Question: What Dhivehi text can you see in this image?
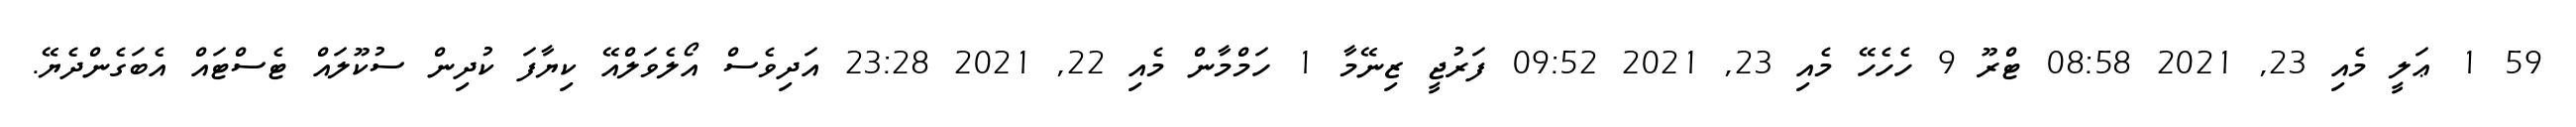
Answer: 59 1 ޢަލީ މެއި 23, 2021 08:58 ޓްރޫ 9 ހެހެހޭ މެއި 23, 2021 09:52 ފަރުޖީ ޒިނޭމާ 1 ހަމްމާން މެއި 22, 2021 23:28 އަދިވެސް އޯލެވަލްއޭ ކިޔާފަ ކުދިން ސުކޫލައް ޓެސްޓައް އެބަގެންދެޔޭ.